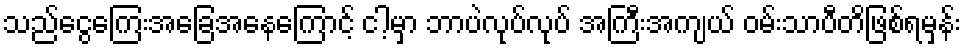
သည်ငွေကြေးအခြေအနေကြောင့် ငါ့မှာ ဘာပဲလုပ်လုပ် အကြီးအကျယ် ဝမ်းသာပီတိဖြစ်ရမှန်း